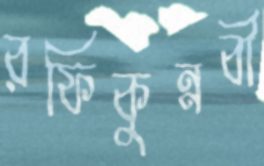
রফিকুন্নবী